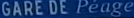
GARE DE Peage